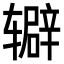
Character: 𬨔